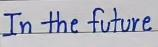
In the future